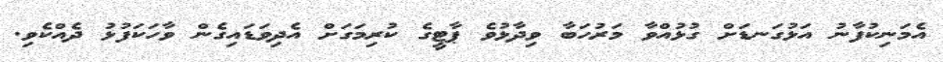
އެމަނިކުފާނު އަޅުގަނޑަށް ގުޅުއްވާ މަރުހަބާ ވިދާޅުވެ ޕާޓީގެ ކުރިމަގަށް އެދިވަޑައިގެން ވާހަކަފުޅު ދެއްކެވި.